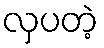
လှပတဲ့